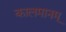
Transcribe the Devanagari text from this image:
कालमानम्